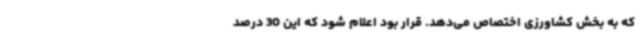
که به بخش کشاورزی اختصاص می‌دهد. قرار بود اعلام شود که این 30 درصد